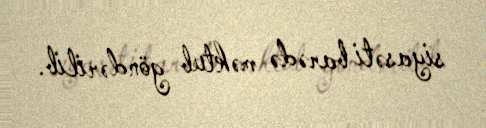
siyasəti barədə məktub göndərilib.